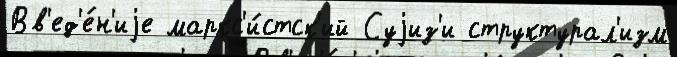
Вв'ед'е́н'иjе маркс'и́стск'ий Суjиз'и структурал'изм